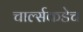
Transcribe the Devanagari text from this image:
चार्ल्सकडेच